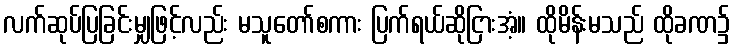
လက်ဆုပ်ပြခြင်းမျှဖြင့်လည်း မသူတော်စကား ပြက်ရယ်ဆိုငြားအံ့။ ထိုမိန်းမသည် ထိုခဏ၌